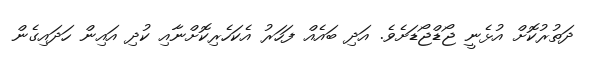
ދަތުރުކޮށް އުޅެނީ ޖޯޑްޖޯޑަށެވެ. އަދި ބައެއް ފަހަރު އެކަހެރިކޮށްނާއި ކުދި އައިން ހަދައިގެން